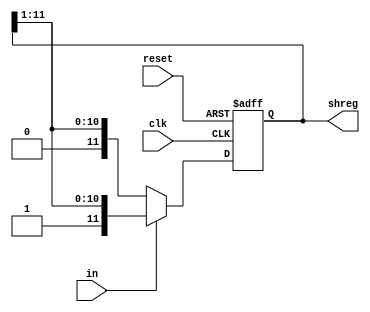
module ShiftRegister(shreg,reset,clk,in);
	output	[11:0] shreg;
	input	reset,in,clk;
	reg	[11:0] shreg;

	always @(negedge clk,negedge reset)
	begin
		if(~reset)
    			 shreg <= 12'b000000000000;
    		else
		begin
			if (in)
				shreg = {1'd1,shreg[11:1]};
			else
				shreg = {1'd0,shreg[11:1]};
		end
	end

	initial	
	begin
		shreg <= 12'b000000000000;
	end
endmodule